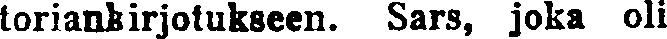
toriankirjolukseen. Sars, joka oli